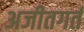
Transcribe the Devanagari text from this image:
अजीतगर्त